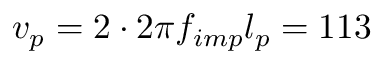
v _ { p } = 2 \cdot 2 \pi f _ { i m p } l _ { p } = 1 1 3